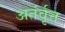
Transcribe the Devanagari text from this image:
अतंर्वृत्त